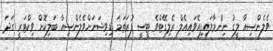
ވެލެންސިއާ ލީގު ނިންމާލައިފިއޭވައިއެލް ރެލިގޭޓްވެ ޓީސީ ފުރަތަމަ ޑިވިޝަނަށްވެލެންސިއާ ބަލިކޮށް ވިކްޓަރީ ގަދަ